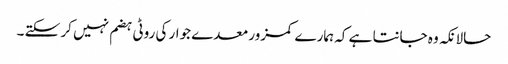
حالانکہ وہ جانتا ہے کہ ہمارے کمزور معدے جوار کی روٹی ہضم نہیں کر سکتے ۔